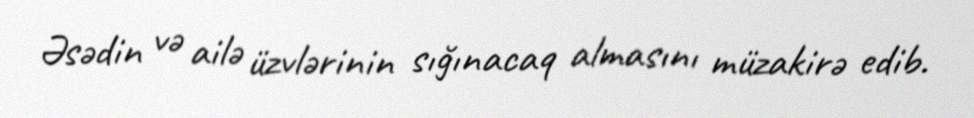
Əsədin və ailə üzvlərinin sığınacaq almasını müzakirə edib.